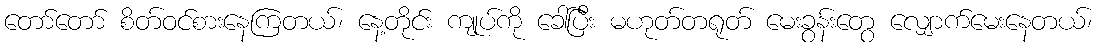
တော်တော် စိတ်ဝင်စားနေကြတယ်၊ နေ့တိုင်း ကျုပ်ကို ခေါ်ပြီး မဟုတ်တရုတ် မေးခွန်းတွေ လျှောက်မေးနေတယ်၊